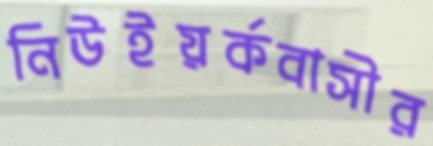
নিউইয়র্কবাসীর